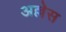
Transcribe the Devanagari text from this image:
अल्लेस